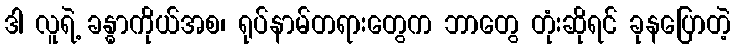
ဒါ လူရဲ့ ခန္ဓာကိုယ်အစ၊ ရုပ်နာမ်တရားတွေက ဘာတွေ တုံးဆိုရင် ခုနပြောတဲ့